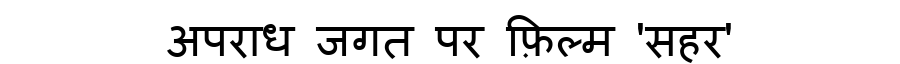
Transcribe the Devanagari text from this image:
अपराध जगत पर फ़िल्म 'सहर'